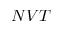
N V T